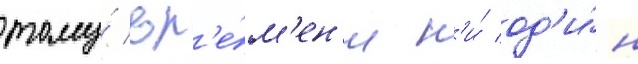
тому́ вр'е́м'ен'и н'и́ од'и́н